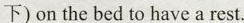
下) on the bed to have a rest.